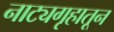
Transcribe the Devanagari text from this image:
नाट्यगृहातून